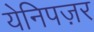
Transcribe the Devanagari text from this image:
येनिपज़र